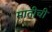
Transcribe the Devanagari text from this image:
मातीचीं